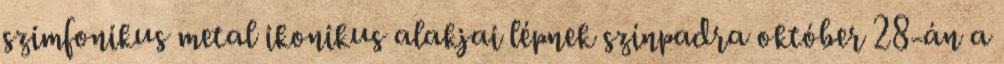
szimfonikus metal ikonikus alakjai lépnek színpadra október 28-án a